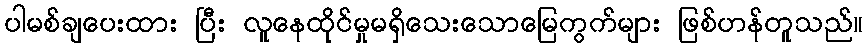
ပါမစ်ချပေးထား ပြီး လူနေထိုင်မှုမရှိသေးသောမြေကွက်များ ဖြစ်ဟန်တူသည်။